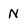
Character: N